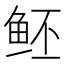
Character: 𱇝